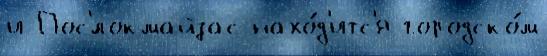
и Пос'́локмайзас нахо́д'итс'я городско́м